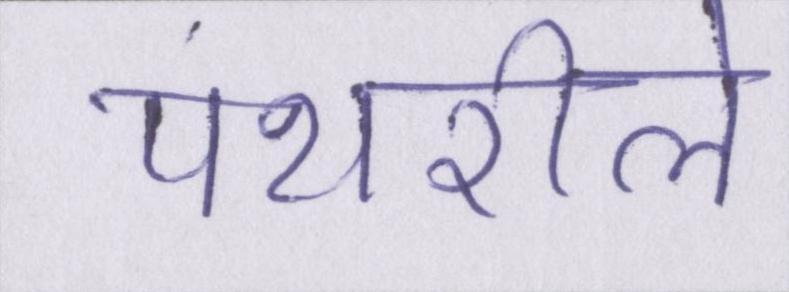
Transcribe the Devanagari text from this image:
पथरीले